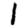
Digit: 1